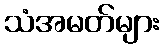
သံအမတ်များ